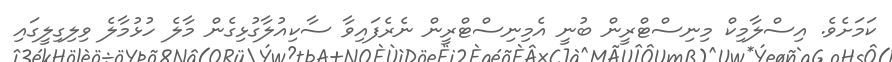
ކަމަށެވެ. އިސްލާމިކް މިނިސްޓްރީން ބުނީ އެމިނިސްޓްރީން ނެރެފައިވާ ސާކިއުލާގުޅިގެން މާލެ ހުޅުމާލެ ވިލިގިލީގައި